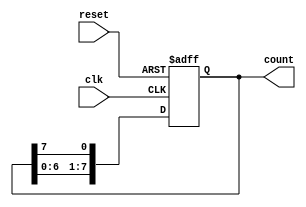
module ring_counter(
    output reg[7:0] count,
    input clk, reset
);

always @(posedge clk, negedge reset) begin
    if (~reset) begin
        count <= 8'b11011101;
    end
    else begin
        count[0] <= count[7];
        count[1] <= count[0];
        count[2] <= count[1];
        count[3] <= count[2];
        count[4] <= count[3];
        count[5] <= count[4];
        count[6] <= count[5];
        count[7] <= count[6];
    end
end
endmodule